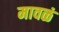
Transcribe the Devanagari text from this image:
मावळं